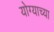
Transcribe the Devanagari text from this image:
योग्याच्या